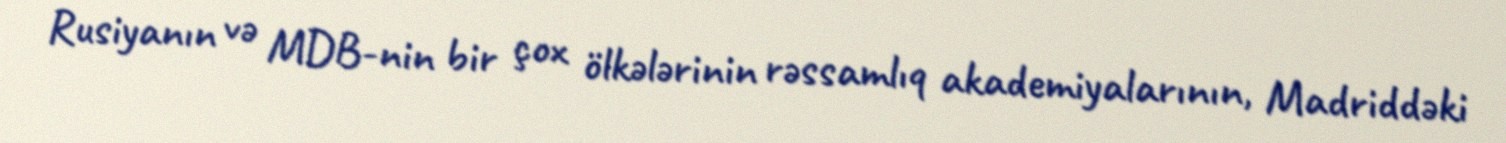
Rusiyanın və MDB-nin bir çox ölkələrinin rəssamlıq akademiyalarının, Madriddəki